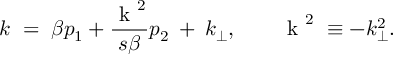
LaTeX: k \; = \; \beta p _ { 1 } + \frac { \mathrm { \boldmath ~ k ~ } ^ { 2 } } { s \beta } p _ { 2 } \: + \: k _ { \perp } , \quad \quad \mathrm { \boldmath ~ k ~ } ^ { 2 } \; \equiv - k _ { \perp } ^ { 2 } .